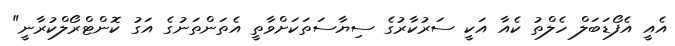
އެއީ އެފޯޑަބަލް ހެލްތު ކެއާ އަކީ ސަރުކާރުގެ ސިޔާސަތަކަށްވާތީ އެތަންތަނުގެ އަގު ކޮންޓްރޯލްކުރާނީ"